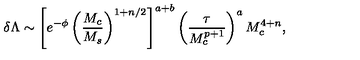
\delta \Lambda \sim \left[ e ^ { - \phi } \left( { \frac { M _ { c } } { M _ { s } } } \right) ^ { 1 + n / 2 } \right] ^ { a + b } \left( { \frac { \tau } { M _ { c } ^ { p + 1 } } } \right) ^ { a } M _ { c } ^ { 4 + n } ,